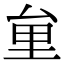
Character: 𠫶